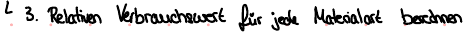
3. Relativen Verbrauchswert für jede Materialart berechnen